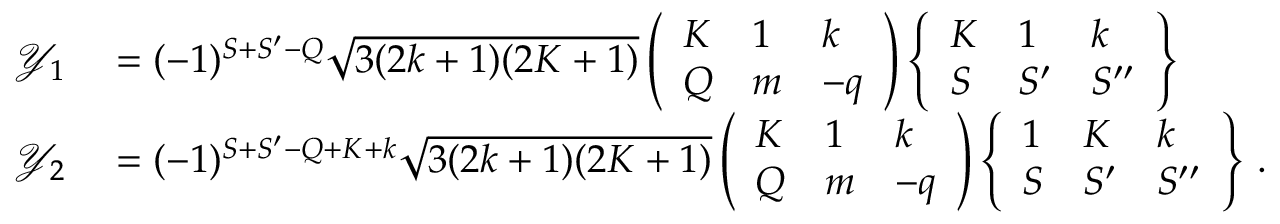
\begin{array} { r l } { \mathcal { Y } _ { 1 } } & { { } = ( - 1 ) ^ { S + S ^ { \prime } - Q } \sqrt { 3 ( 2 k + 1 ) ( 2 K + 1 ) } \left( \begin{array} { l l l } { K } & { 1 } & { k } \\ { Q } & { m } & { - q } \end{array} \right) \left\{ \begin{array} { l l l } { K } & { 1 } & { k } \\ { S } & { S ^ { \prime } } & { S ^ { \prime \prime } } \end{array} \right\} } \\ { \mathcal { Y } _ { 2 } } & { { } = ( - 1 ) ^ { S + S ^ { \prime } - Q + K + k } \sqrt { 3 ( 2 k + 1 ) ( 2 K + 1 ) } \left( \begin{array} { l l l } { K } & { 1 } & { k } \\ { Q } & { m } & { - q } \end{array} \right) \left\{ \begin{array} { l l l } { 1 } & { K } & { k } \\ { S } & { S ^ { \prime } } & { S ^ { \prime \prime } } \end{array} \right\} \, . } \end{array}